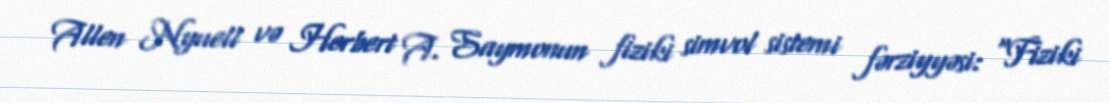
Allen Nyuell və Herbert A. Saymonun fiziki simvol sistemi fərziyyəsi: "Fiziki